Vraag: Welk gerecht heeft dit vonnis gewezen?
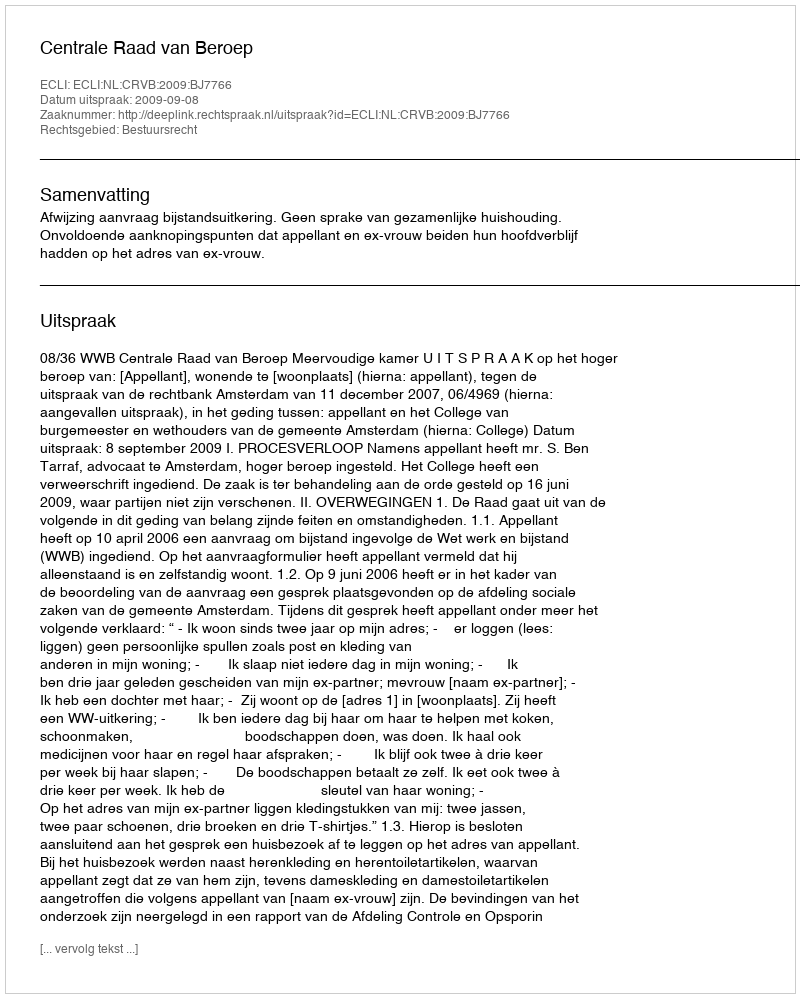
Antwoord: Centrale Raad van Beroep